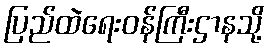
ပြည်ထဲရေးဝန်ကြီးဌာနသို့